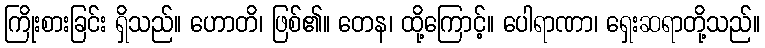
ကြိုးစားခြင်း ရှိသည်။ ဟောတိ၊ ဖြစ်၏။ တေန၊ ထို့ကြောင့်။ ပေါရာဏာ၊ ရှေးဆရာတို့သည်။